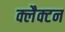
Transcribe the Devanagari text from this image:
क्लैक्टन